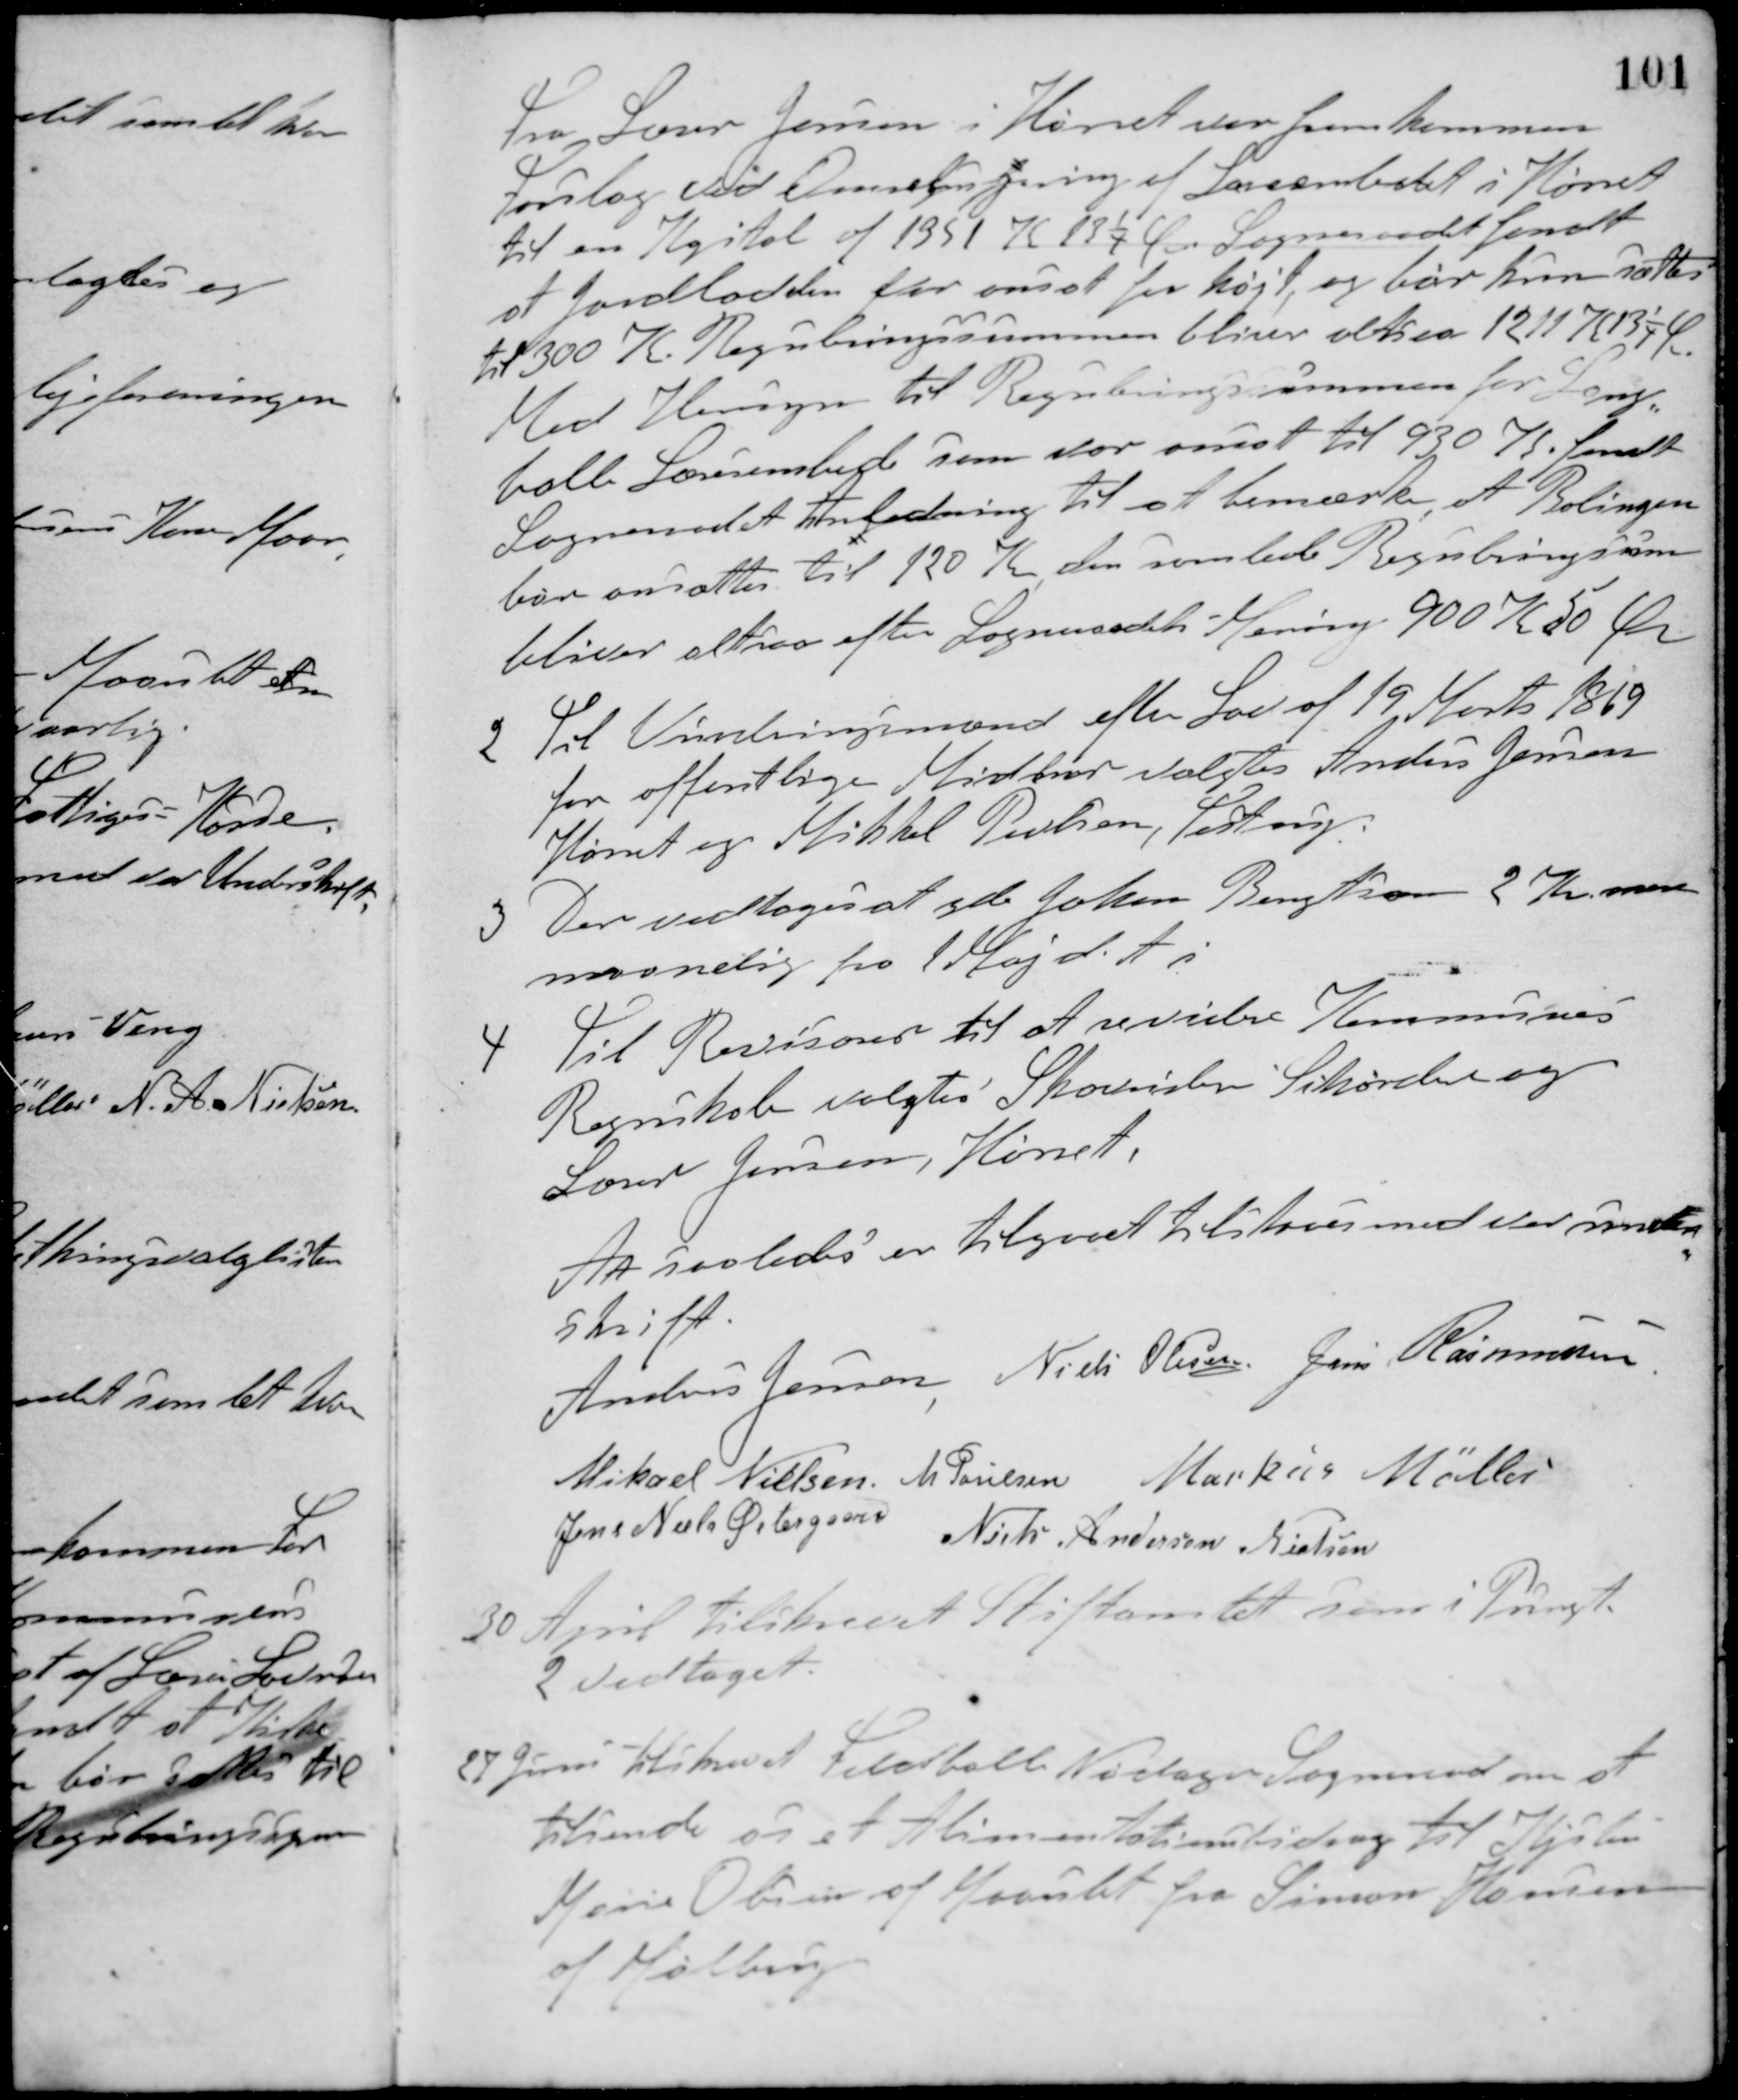
Transskription:
Fra Lærer Jensen i Hørret var fremkommen
Forslag ved Omlægning af Lærerembedet i Hørret
til en Kapital af 1351 K 13 1/4 Ø Sogneraadet fandt
at Jordlodden var ansat for højt, og bør kun sættes
til 300 K. Reguleringssummen bliver altsaa 1211 K 13 1/4 Ø.
Med Hensyn til Reguleringssummen for Lang-
balle Lærerembede som var ansat til 930 K fandt
Sogneraadet Anledning til at bemærke, at Bolingen
bør ansættes til 120 K, den samlede Reguleringssum
bliver altsaa efter Sogneraadets Mening 900 K 50 Ør
2 Til Vurderingsmænd efter Lov af 19 Marts 1869
for offentlige Midler valgtes Anders Jensen
Hørret og Mikkel Poulsen, Testrup.
3 Der vedtoges at yde Johan Bengtson 2 Kr mere
maanedlig fra 1 Maj d. A. i
4. Til Revisorer til at revidere Kommunens
Regnskab valgtes Skovrider Schörder og
Lærer Jensen, Hørret,
At saaledes er tilgaaet tilstaaes med vor under-
skrift.
Anders Jensen Niels Olesen Jens Rasmussen
Mikael Nielsen M. Poulsen Markus Møller
Jens Niels Østergaard
Niels Andersen Nielsen
30 April tilskrevet Stiftamtet som i Pungt
2 vedtaget.
27 Juni tilskrevet Feldballe-Nødager Sogneraad om at
tilsende os et Alimentationsbidrag til Kjstin
Marie Olsen af Maarslet fra Simon Hansen
af Mølbrug